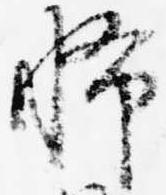
怖